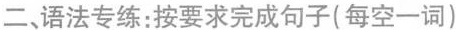
二、语法专练:按要求完成句子( 每空一词)